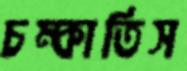
চম্‌কাতিস